Indian journal of veterinary science and animal husbandry - Volume 12,
Year: 1942
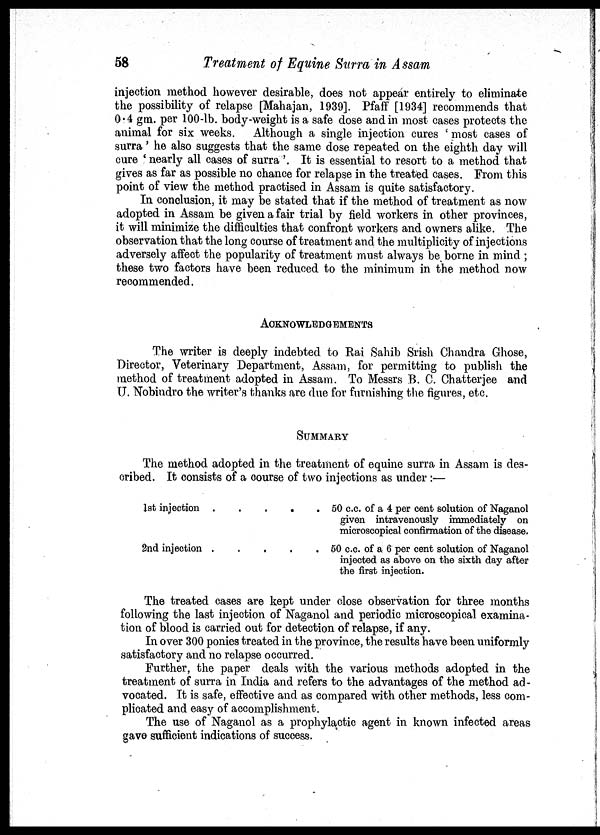
58
Treatment of Equine Surra in Assam
injection method however desirable, does not appear entirely to eliminate
the possibility of relapse [Mahajan, 1939]. Pfaff [1934] recommends that
0.4 gm. per 100-lb. body-weight is a safe dose and in most cases protects the
animal for six weeks. Although a single injection cures ' most cases of
surra' he also suggests that the same dose repeated on the eighth day will
cure ' nearly all cases of surra '. It is essential to resort to a method that
gives as far as possible no chance for relapse in the treated cases. From this
point of view the method practised in Assam is quite satisfactory.
In conclusion, it may be stated that if the method of treatment as now
adopted in Assam be given a fair trial by field workers in other provinces,
it will minimize the difficulties that confront workers and owners alike. The
observation that the long course of treatment and the multiplicity of injections
adversely affect the popularity of treatment must always be borne in mind ;
these two factors have been reduced to the minimum in the method now
recommended.
ACKNOWLEDGEMENTS
The writer is deeply indebted to Rai Sahib Srish Chandra Ghose,
Director, Veterinary Department, Assam, for permitting to publish the
method of treatment adopted in Assam. To Messrs B. C. Chatterjee and
U. Nobindro the writer's thanks are due for furnishing the figures, etc.
SUMMARY
The method adopted in the treatment of equine surra in Assam is des-
cribed. It consists of a course of two injections as under :—
1st injection
.....
2nd injection
50 c.c. of a 4 per cent solution of Naganol
given intravenously immediately on
microscopical confirmation of the disease.
50 c.c. of a 6 per cent solution of Naganol
injected as above on the sixth day after
the first injection.
The treated cases are kept under close observation for three months
following the last injection of Naganol and periodic microscopical examina-
tion of blood is carried out for detection of relapse, if any.
In over 300 ponies treated in the province, the results have been uniformly
satisfactory and no relapse occurred.
Further, the paper deals with the various methods adopted in the
treatment of surra in India and refers to the advantages of the method ad-
vocated. It is safe, effective and as compared with other methods, less com-
plicated and easy of accomplishment.
The use of Naganol as a prophylactic agent in known infected areas
gave sufficient indications of success.